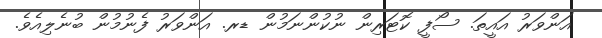
އަންވަރު އައީތަ. ސޯފީ ކޮޓަރިން ނުކުންނަމުން ޑރ. އަންވަރު ފެނުމުން ބުނެލިއެވެ.